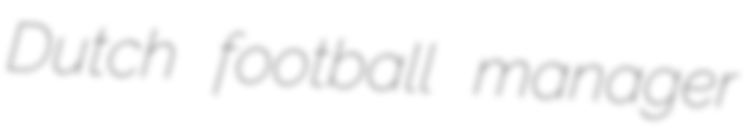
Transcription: Dutch football manager